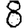
Digit: 8